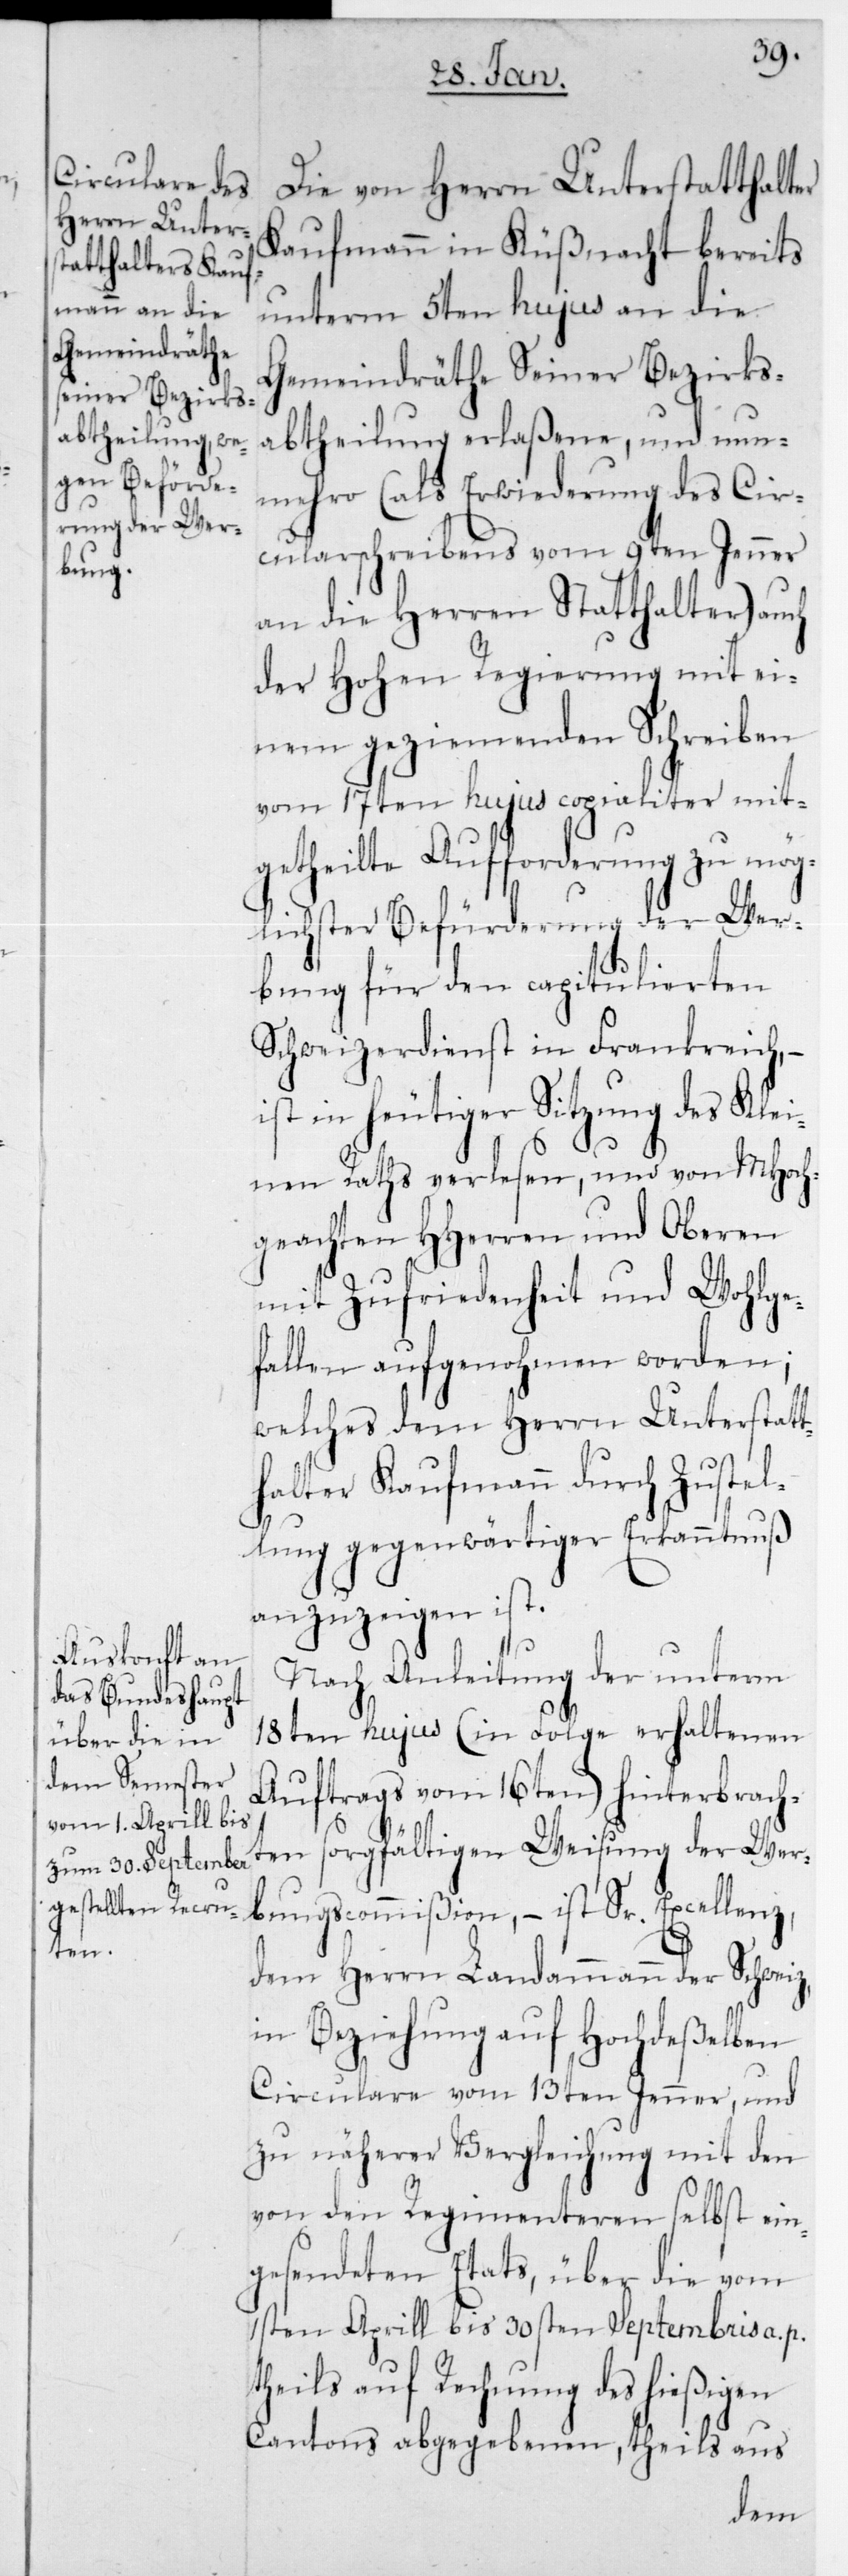
Die von Herrn Unterstatthalter
Kaufmann in Küßnacht bereits
unterm 5ten hujus an die
Gemeindräthe Seiner Bezirks¬
abtheilung erlaßene, und nun¬
mehro (als Erwiederung des Cir¬
cularschreibens vom 9ten Jenner
an die Herren Statthalter) auch
der Hohen Regierung mit ei¬
nem geziemenden Schreiben
vom 17ten hujus copialiter mit¬
getheilte Aufforderung zu mög¬
lichster Befürderung der Wer¬
bung für den capitulierten
Schweizerdienst in Frankreich, –
ist in heutiger Sitzung des Klei¬
nen Raths verlesen, und von Mhoch¬
geachten HHerren und Oberen
mit Zufriedenheit und Wohlge¬
fallen aufgenohmen worden;
welches dem Herrn Unterstatt¬
halter Kaufmann durch Zustel¬
lung gegenwärtiger Erkanntnuß
anzuzeigen ist.
Nach Anleitung der unterm
18ten hujus (in Folge erhaltenen
Auftrags vom 16ten) hinterbrach¬
ten sorgfältigen Weisung der Wer¬
bungscommißion, – ist Sr. Excellenz
dem Herrn Landammann der Schweiz,
in Beziehung auf hochdeßelben
Circulare vom 13ten Jenner, und
zu näherer Vergleichung mit den
von den Regimenteren selbst ein¬
gesendeten Etats, über die vom
1sten Aprill bis 30sten Septembris a. p.
theils auf Rechnung des hießigen
Cantons abgegebenen, theils aus